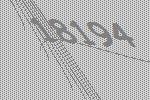
18194